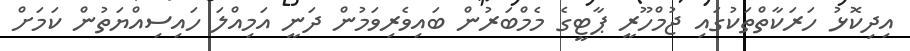
އިދިކޮޅު ހަރަކާތްތަކުގައި ޖުމްހޫރީ ޕާޓީގެ މެމްބަރުން ބައިވެރިވަމުން ދަނީ އަމިއްލަ ހައިސިއްޔަތުން ކަމަށް